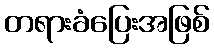
တရားခံပြေးအဖြစ်